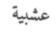
عشبية